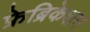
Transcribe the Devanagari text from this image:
फ्रेब्रिकेशन